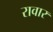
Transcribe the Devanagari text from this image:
रावार